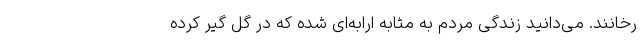
رخانند. می‌دانید زندگی مردم به مثابه ارابه‌ای شده که در گل گیر کرده